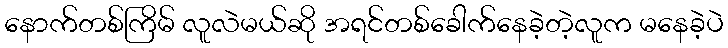
နောက်တစ်ကြိမ် လူလဲမယ်ဆို အရင်တစ်ခေါက်နေခဲ့တဲ့လူက မနေခဲ့ပဲ